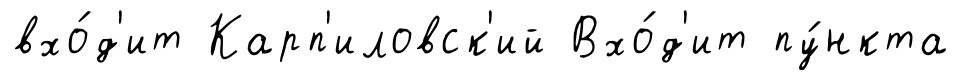
вхо́д'ит Карп'иловск'ий Вхо́д'ит пу́нкта